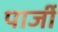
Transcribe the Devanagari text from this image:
पार्जी